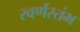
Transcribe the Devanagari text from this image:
स्वर्णस्तंभ